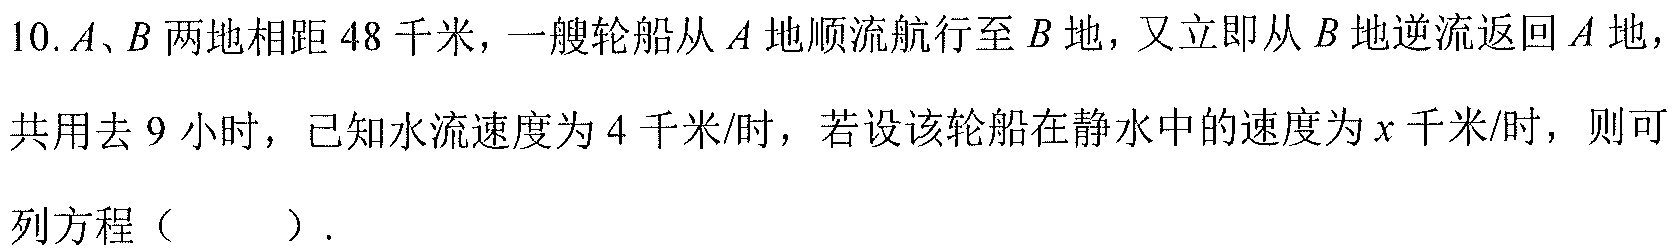
10.$A、B$两地相距$48$千米，一艘轮船从$A$地顺流航行至$B$地，又立即从$B$地逆流返回$A$地，
共用去$9$小时，已知水流速度为$4$千米/时，若设该轮船在静水中的速度为$x$千米/时，则可
列方程（  ）.